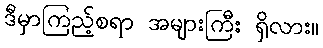
ဒီမှာကြည့်စရာ အများကြီး ရှိလား။